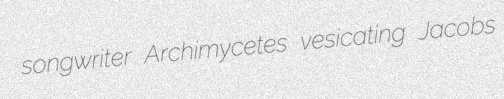
songwriter Archimycetes vesicating Jacobs